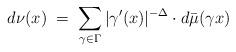
LaTeX: \begin{align*}d\nu(x)\;=\;\sum_{\gamma\in\Gamma}|\gamma'(x)|^{-\Delta}\cdot d\bar{\mu}(\gamma x)\end{align*}